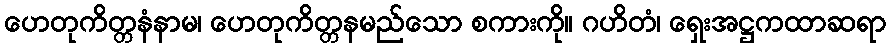
ဟေတုကိတ္တနံနာမ၊ ဟေတုကိတ္တနမည်သော စကားကို။ ဂဟိတံ၊ ရှေးအဋ္ဌကထာဆရာ